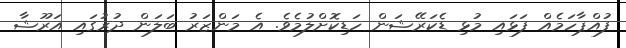
ފުއްޕާހަމެއް ފަޅައި މުޅި ޑެކަރޭޝަން ހަޑިކޮށްލުމެވެ. އެ މަންޒަރު ބަލަން ދުރުގައި އަރޫޝާ